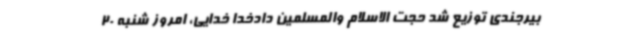
بیرجندی توزیع شد حجت الاسلام والمسلمین دادخدا خدایی، امروز شنبه 20